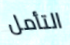
التأمل